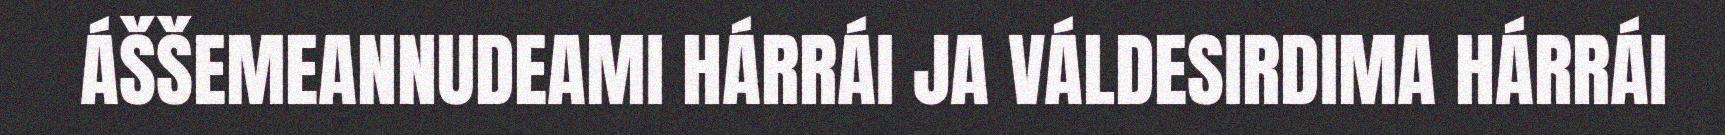
ÁŠŠEMEANNUDEAMI HÁRRÁI JA VÁLDESIRDIMA HÁRRÁI